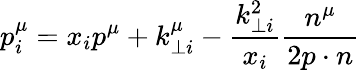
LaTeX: p_{i}^{\mu}=x_{i}p^{\mu}+k_{\perp i}^{\mu}-\frac{k_{\perp i}^{2}}{x_{i}}\frac{n^{\mu}}{2p\cdot n}\,